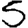
Digit: 5